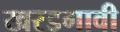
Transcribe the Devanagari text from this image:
खरडगावी